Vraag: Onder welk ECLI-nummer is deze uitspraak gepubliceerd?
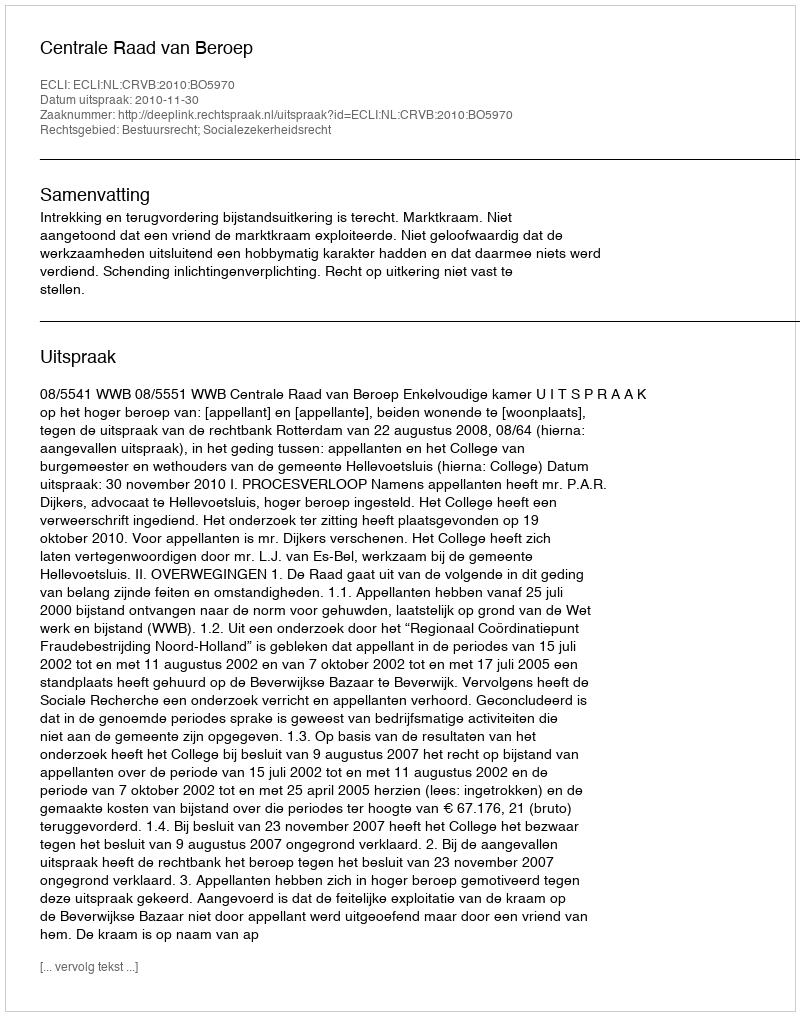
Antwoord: ECLI:NL:CRVB:2010:BO5970